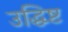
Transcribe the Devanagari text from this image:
उद्धिष्ट